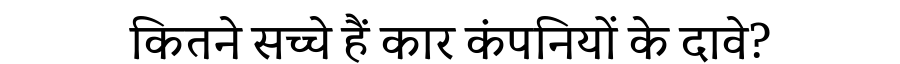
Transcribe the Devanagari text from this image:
कितने सच्चे हैं कार कंपनियों के दावे?